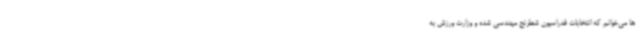
ها می‌خوانم که انتخابات فدراسیون شطرنج مهندسی شده و وزارت ورزش به